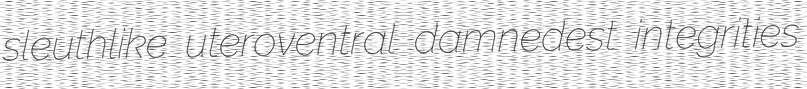
sleuthlike uteroventral damnedest integrities